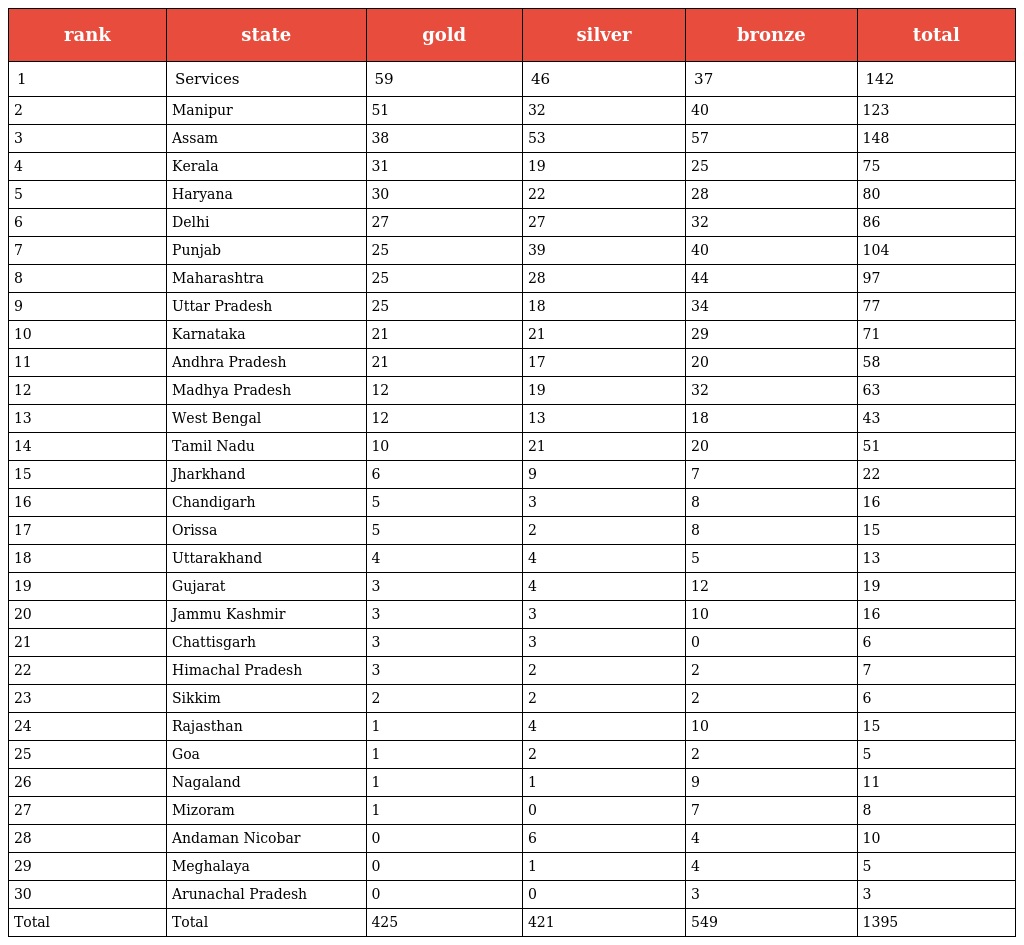
| rank | state | gold | silver | bronze | total |
 | --- | --- | --- | --- | --- | --- |
 | 1 | Services | 59 | 46 | 37 | 142 |
 | 2 | Manipur | 51 | 32 | 40 | 123 |
 | 3 | Assam | 38 | 53 | 57 | 148 |
 | 4 | Kerala | 31 | 19 | 25 | 75 |
 | 5 | Haryana | 30 | 22 | 28 | 80 |
 | 6 | Delhi | 27 | 27 | 32 | 86 |
 | 7 | Punjab | 25 | 39 | 40 | 104 |
 | 8 | Maharashtra | 25 | 28 | 44 | 97 |
 | 9 | Uttar Pradesh | 25 | 18 | 34 | 77 |
 | 10 | Karnataka | 21 | 21 | 29 | 71 |
 | 11 | Andhra Pradesh | 21 | 17 | 20 | 58 |
 | 12 | Madhya Pradesh | 12 | 19 | 32 | 63 |
 | 13 | West Bengal | 12 | 13 | 18 | 43 |
 | 14 | Tamil Nadu | 10 | 21 | 20 | 51 |
 | 15 | Jharkhand | 6 | 9 | 7 | 22 |
 | 16 | Chandigarh | 5 | 3 | 8 | 16 |
 | 17 | Orissa | 5 | 2 | 8 | 15 |
 | 18 | Uttarakhand | 4 | 4 | 5 | 13 |
 | 19 | Gujarat | 3 | 4 | 12 | 19 |
 | 20 | Jammu Kashmir | 3 | 3 | 10 | 16 |
 | 21 | Chattisgarh | 3 | 3 | 0 | 6 |
 | 22 | Himachal Pradesh | 3 | 2 | 2 | 7 |
 | 23 | Sikkim | 2 | 2 | 2 | 6 |
 | 24 | Rajasthan | 1 | 4 | 10 | 15 |
 | 25 | Goa | 1 | 2 | 2 | 5 |
 | 26 | Nagaland | 1 | 1 | 9 | 11 |
 | 27 | Mizoram | 1 | 0 | 7 | 8 |
 | 28 | Andaman Nicobar | 0 | 6 | 4 | 10 |
 | 29 | Meghalaya | 0 | 1 | 4 | 5 |
 | 30 | Arunachal Pradesh | 0 | 0 | 3 | 3 |
 | Total | Total | 425 | 421 | 549 | 1395 |